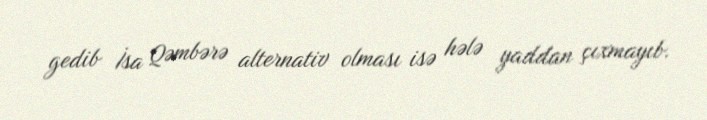
gedib İsa Qəmbərə alternativ olması isə hələ yaddan çıxmayıb.